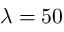
\lambda = 5 0